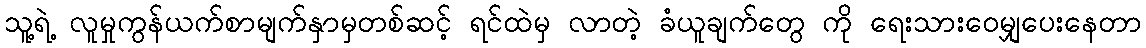
သူ့ရဲ့ လူမှုကွန်ယက်စာမျက်နှာမှတစ်ဆင့် ရင်ထဲမှ လာတဲ့ ခံယူချက်တွေ ကို ရေးသားဝေမျှပေးနေတာ